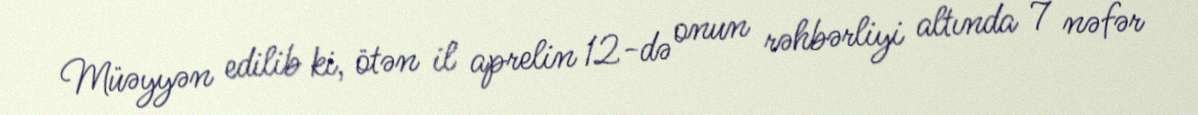
Müəyyən edilib ki, ötən il aprelin 12-də onun rəhbərliyi altında 7 nəfər